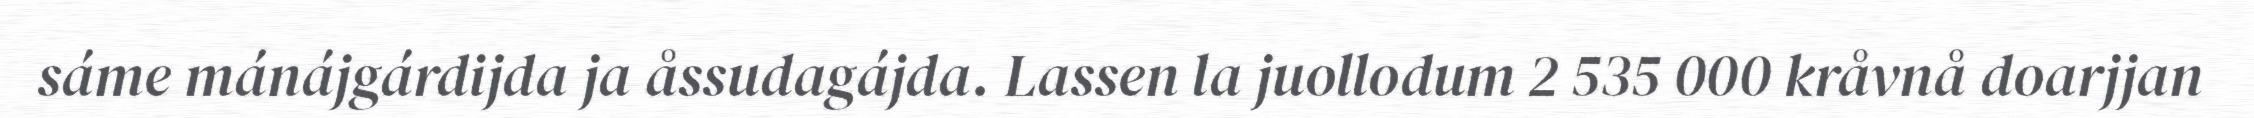
sáme mánájgárdijda ja åssudagájda. Lassen la juollodum 2 535 000 kråvnå doarjjan